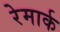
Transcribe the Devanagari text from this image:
रेमार्क